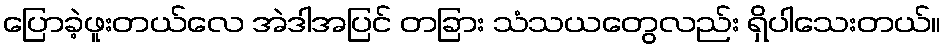
ပြောခဲ့ဖူးတယ်လေ အဲဒါအပြင် တခြား သံသယတွေလည်း ရှိပါသေးတယ်။